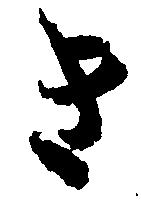
き